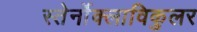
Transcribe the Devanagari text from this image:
स्तेर्नोक्लाविकुलर